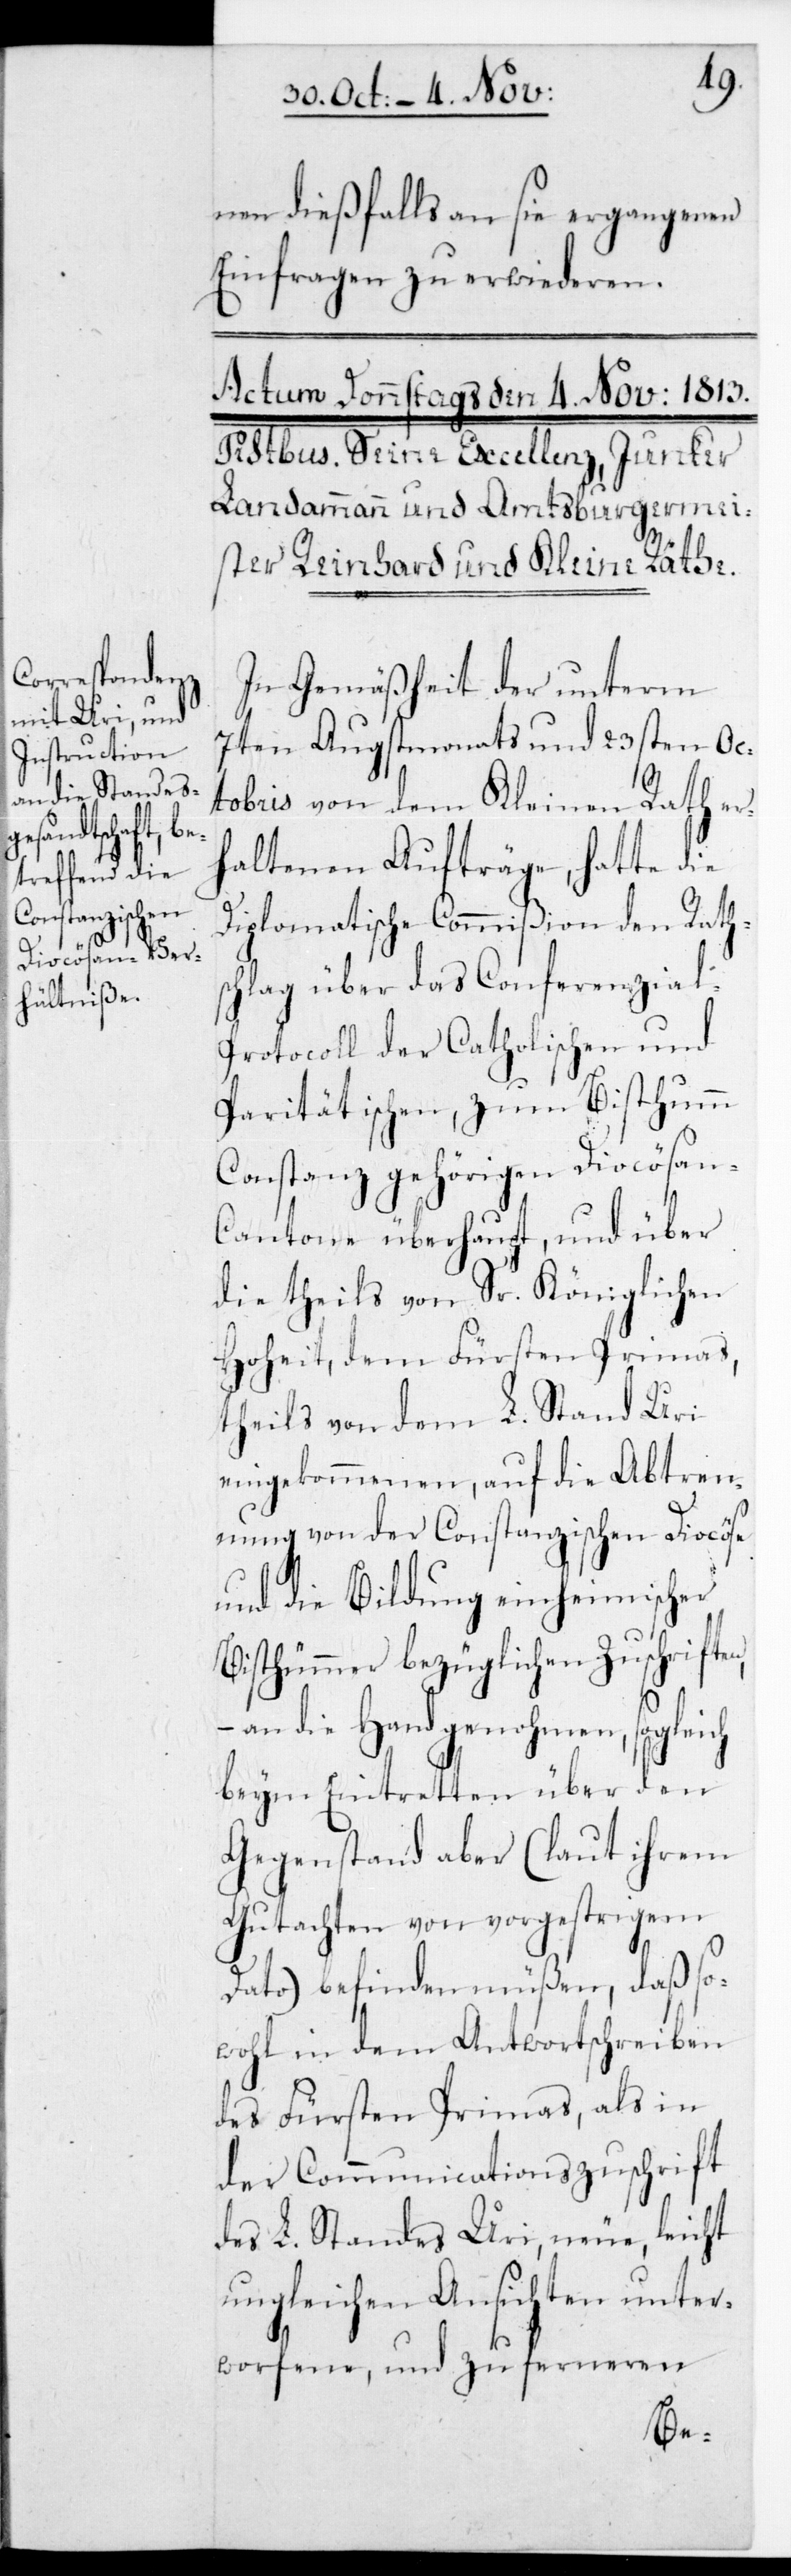
nen dießfalls an sie ergangenen
Einfragen zu erwiederen.
In Gemäßheit der unterm
7ten Augstmonats und 23sten Oc¬
tobris von dem Kleinen Rath er¬
haltenen Aufträge, hatte die
Diplomatische Commißion den Rath¬
schlag über das Conferenzia¬
l-Protocoll der Catholischen und
Paritätischen, zum Bisthum
Constanz gehörigen Diocösan-C¬
antone überhaupt, und über
die theils von Sr. Königlichen
Hoheit, dem Fürsten Primas,
theils von dem L. Stand Uri
eingekommenen, auf die Abtren¬
nung von der Constanzischen Diocöse
und die Bildung einheimischer
Bisthümer bezüglichen Zuschriften,
an die Hand genohmen, sogleich
beym Eintretten über den
Gegenstand aber (laut ihrem
Gutachten von vorgestrigem
Dato) befinden müßen, daß so¬
wohl in dem Antwortschreiben
des Fürsten Primas, als in
der Communicationszuschrift
des L. Standes Uri, neue, leicht
ungleichen Ansichten unter¬
worfene, und zu ferneren